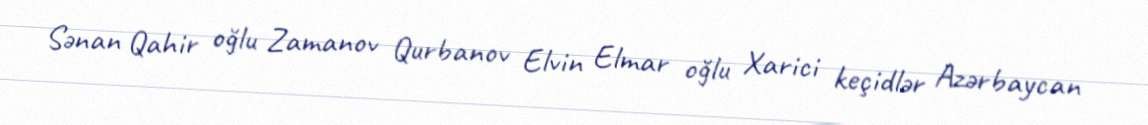
Sənan Qahir oğlu Zamanov Qurbanov Elvin Elmar oğlu Xarici keçidlər Azərbaycan